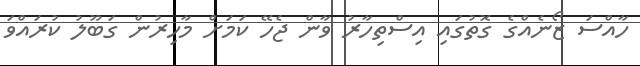
ހާއްސަ ޒޯނެއްގެ ގޮތުގައި އިސްތިހާރު ވާން ޖެހޭ ކަމަށް މާހިރުން ގަބޫލު ކުރައްވަ